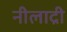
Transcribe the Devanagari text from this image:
नीलाद्री